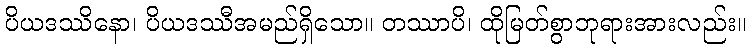
ပိယဒဿိနော၊ ပိယဒဿီအမည်ရှိသော။ တဿာပိ၊ ထိုမြတ်စွာဘုရားအားလည်း။